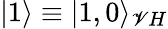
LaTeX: |1\rangle\equiv|1,0\rangle_{\mathscr{V}H}